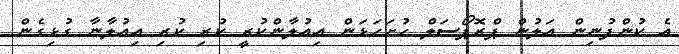
އެ ކުންފުނިން އަލުން ޕްރޮޕޯސަލް ހުށަހަޅަން އިއުލާންކުރީ ކުރި ކުރި އިއުލާނާ ގުޅިގެން